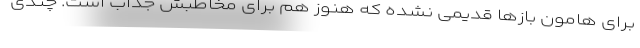
برای هامون بازها قدیمی نشده که هنوز هم برای مخاطبش جذاب است. چندی